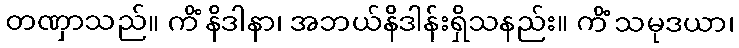
တဏှာသည်။ ကိံ နိဒါနာ၊ အဘယ်နိဒါန်းရှိသနည်း။ ကိံ သမုဒယာ၊